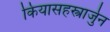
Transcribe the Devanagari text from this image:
कियासहस्त्रार्जुन